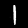
Digit: 1